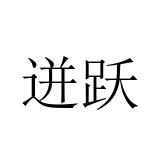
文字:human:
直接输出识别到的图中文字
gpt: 迸跃